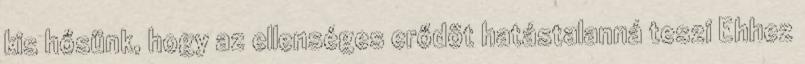
kis hősünk, hogy az ellenséges erődöt hatástalanná teszi Ehhez